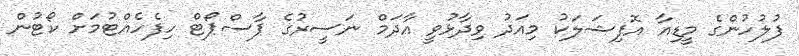
ފުލުހުންގެ މީޑިއާ އޮފިޝަލަކު މިއަދު ވިދާޅުވީ އާދަމް ނަސީރުގެ ޕާސްޕޯޓް ހިފެހެއްޓުމަށް ކޯޓުން